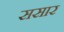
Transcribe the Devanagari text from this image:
ससार